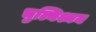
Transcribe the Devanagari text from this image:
चुल्यिश्मन